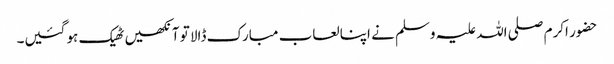
حضور اکرم صلی اللہ علیہ وسلم نے اپنا لعاب مبارک ڈالا تو آنکھیں ٹھیک ہو گئیں۔